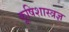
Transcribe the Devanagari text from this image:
कृ्षिशास्त्रज्ञ